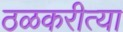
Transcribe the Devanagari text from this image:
ठळकरीत्या